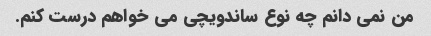
من نمی دانم چه نوع ساندویچی می خواهم درست کنم.